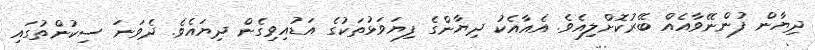
ދިޔާން ފުންނޭވާއެއް ބޭރުކޮށްލިއެވެ. އެއާއެކު ދިޔާންގެ ފިޔަވަަޅުތަކުގެ އަޑުއިވިގެން ދިޔައެވެ. ދެވަނަ ސިކުންތުގައި